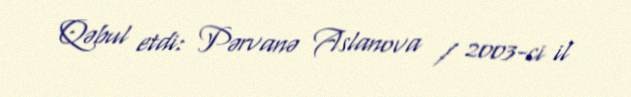
Qəbul etdi: Pərvanə Aslanova / 2003-ci il